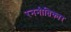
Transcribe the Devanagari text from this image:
रननीतिकार